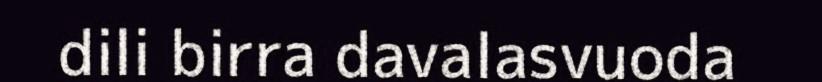
dili birra davalasvuoda